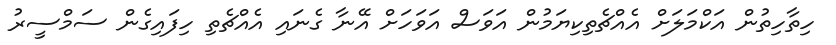
ހިތާހިތުން އަކްމަލަށް އެއްޗެތިކިޔަމުން އަވަސް އަވަހަށް އޭނާ ގެނައި އެއްޗެތި ހިފައިގެން ސަމްސީރު